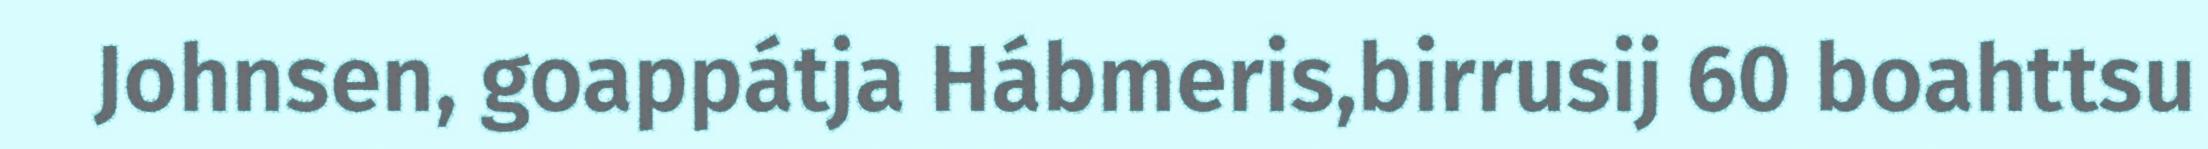
Johnsen, goappátja Hábmeris,birrusij 60 boahttsu